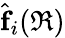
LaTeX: \hat{\textbf{f}}_{i}(\mathfrak{R})